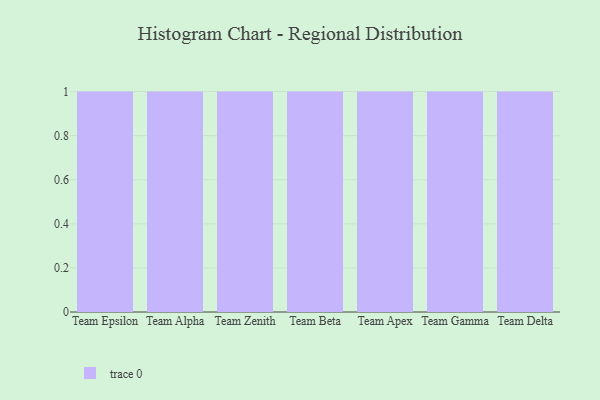
{"axis": {"x": "Team", "y": "Churn Rate (%)"}, "legend": [""], "data": [{"x": "Team Epsilon", "y": 53, "type": ""}, {"x": "Team Alpha", "y": 86, "type": ""}, {"x": "Team Zenith", "y": 17, "type": ""}, {"x": "Team Beta", "y": 89, "type": ""}, {"x": "Team Apex", "y": 65, "type": ""}, {"x": "Team Gamma", "y": 62, "type": ""}, {"x": "Team Delta", "y": 74, "type": ""}]}